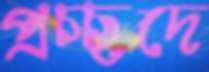
প্রচ্ছদে